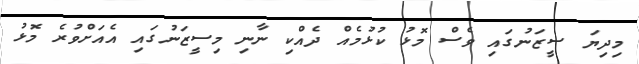
މިދިޔަ ސީޒަނުގައި ވެސް މޮޅު ކުޅުމެއް ދެއްކި ނާނި މިސީޒަނުގައި އެއަށްވުރެ މޮޅު